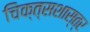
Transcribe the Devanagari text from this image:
चिक्त्सशास्त्र